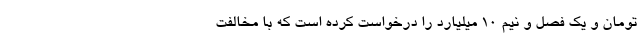
تومان و یک فصل و نیم ۱۰ میلیارد را درخواست کرده است که با مخالفت